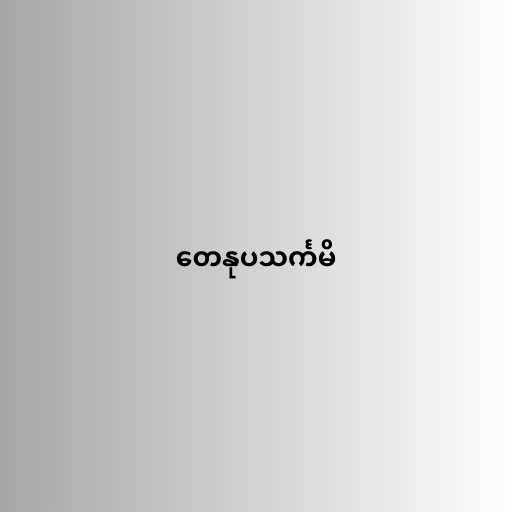
တေနုပသင်္ကမိ